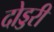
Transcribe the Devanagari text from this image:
दोड्डरी